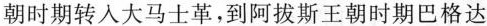
朝时期转人大马士革，到阿拔斯王朝时期巴格达